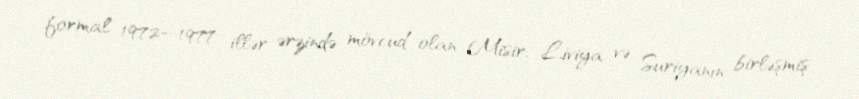
formal 1972—1977 illər ərzində mövcud olan Misir, Liviya və Suriyanın birləşmiş